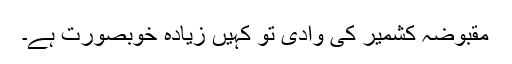
مقبوضہ کشمیر کی وادی تو کہیں زیادہ خوبصورت ہے۔